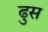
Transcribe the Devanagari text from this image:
ढुस